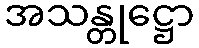
အသန္တုဋ္ဌော